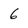
Character: 6